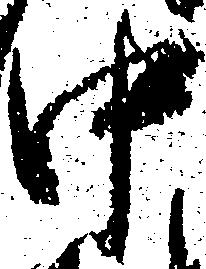
中